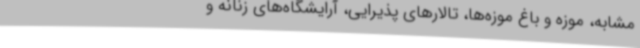
مشابه، موزه و باغ موزه‌ها، تالارهای پذیرایی، آرایشگاه‌های زنانه و